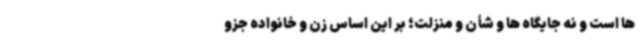
ها است و نه جایگاه ها و شأن و منزلت؛ بر این اساس زن و خانواده جزو